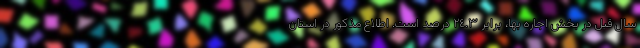
سال قبل در بخش اجاره بها، برابر ٢٤.٣ درصد است. اطلاع مذکور در استان